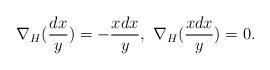
LaTeX: \begin{align*}\nabla_{H}(\frac{dx}{y})= -\frac{xdx}{y},\ \nabla_{H}(\frac{xdx}{y})= 0.\end{align*}